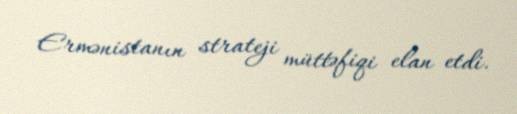
Ermənistanın strateji müttəfiqi elan etdi.